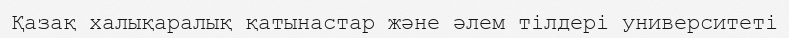
Қазақ халықаралық қатынастар және әлем тілдері университеті